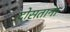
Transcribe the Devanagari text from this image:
दोसताना